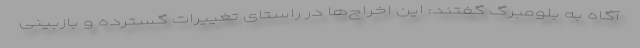
آگاه به بلومبرگ گفتند: این اخراج‌ها در راستای تغییرات گسترده و بازبینی